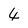
Character: 4